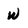
Character: w